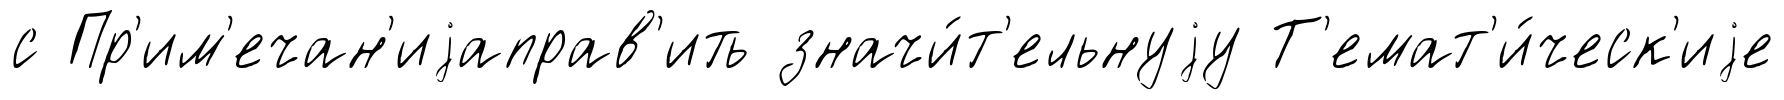
с Пр'им'ечан'иjаправ'ить значи́т'ельнуjу Т'емат'и́ческ'иjе